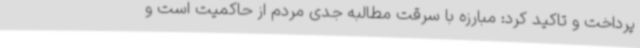
پرداخت و تاکید کرد: مبارزه با سرقت مطالبه جدی مردم از حاکمیت است و